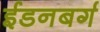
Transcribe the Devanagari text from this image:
ईडनबर्ग